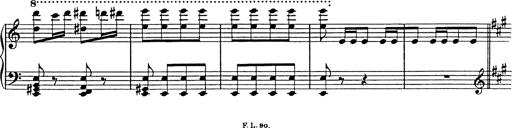
Title: Galop in A minor
Composer: Franz Liszt
Key: A minor